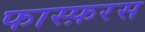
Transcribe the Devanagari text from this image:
फास्फ़रस